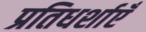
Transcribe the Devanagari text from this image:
प्रतिधर्शाएँ